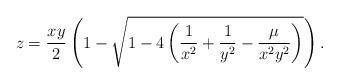
LaTeX: \begin{align*} z = \frac{xy}{2} \left(1- \sqrt{1-4\left(\frac{1}{x^2} + \frac{1}{y^2} - \frac{\mu}{x^2 y^2}\right) }\right). \end{align*}